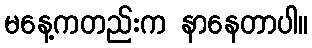
မနေ့ကတည်းက နာနေတာပါ။